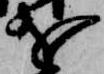
を